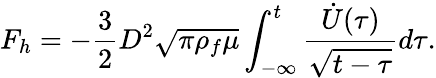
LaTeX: F_{h}=-\frac{3}{2}D^{2}\sqrt{\pi\rho_{f}\mu}\int_{-\infty}^{t}\frac{\dot{U}(\tau)}{\sqrt{t-\tau}}d\tau.